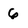
Character: 6